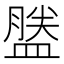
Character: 𪾕